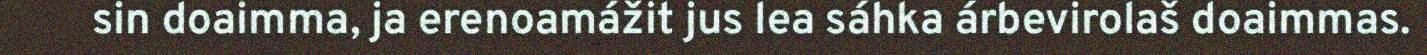
sin doaimma, ja erenoamážit jus lea sáhka árbevirolaš doaimmas.